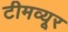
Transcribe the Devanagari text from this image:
टीमव्यूर